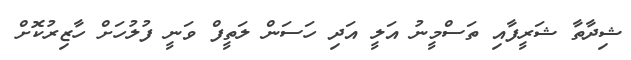
ޝިދާތާ ޝަރީފާއި ތަސްމީނު އަލީ އަދި ހަސަން ލަތީފް ވަނީ ފުލުހަށް ހާޒިރުކޮށް